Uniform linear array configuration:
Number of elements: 24
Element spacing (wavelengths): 0.75
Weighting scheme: blackman
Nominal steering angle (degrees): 0
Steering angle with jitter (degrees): -0.8696
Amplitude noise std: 0.05
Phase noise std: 0.05

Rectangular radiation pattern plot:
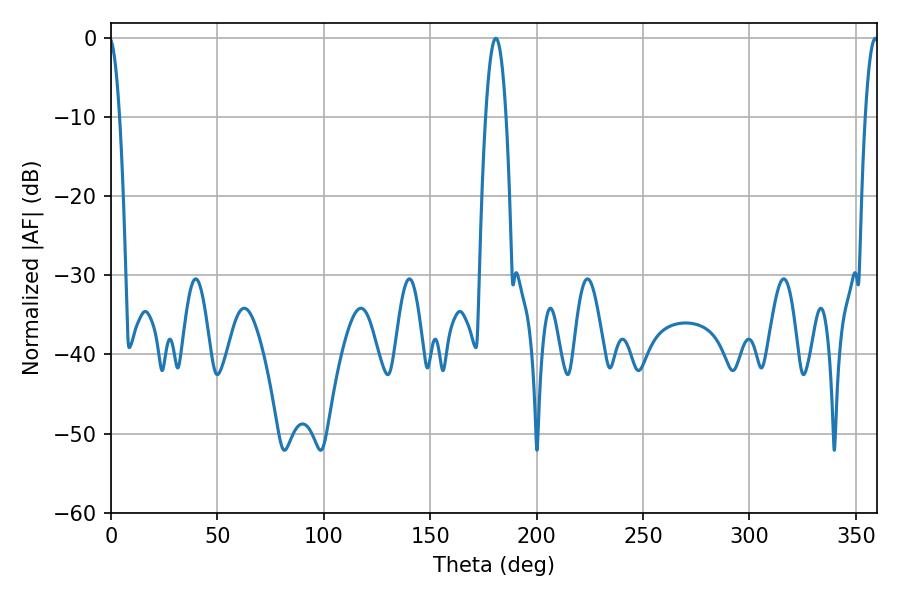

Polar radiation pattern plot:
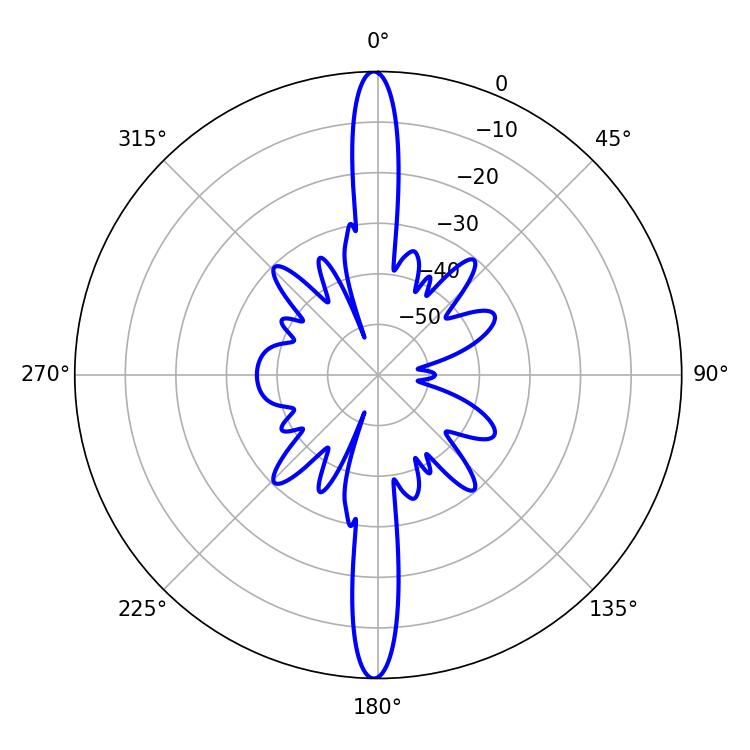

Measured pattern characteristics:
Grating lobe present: TRUE
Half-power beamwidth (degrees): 5.22
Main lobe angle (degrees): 180.9